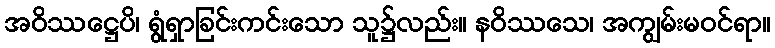
အဝိဿဋ္ဌေပိ၊ ရွံရှာခြင်းကင်းသော သူ၌လည်း။ နဝိဿသေ၊ အကျွမ်းမဝင်ရာ။